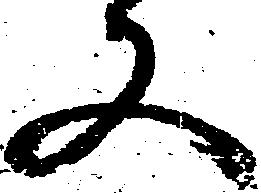
又